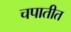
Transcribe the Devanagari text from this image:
चपातीत